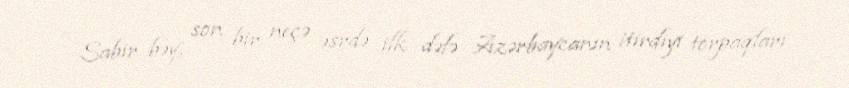
- Sabir bəy, son bir neçə əsrdə ilk dəfə Azərbaycanın itirdiyi torpaqları